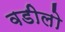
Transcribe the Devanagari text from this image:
वडीलो